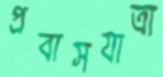
প্রবাসযাত্রা